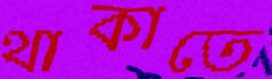
থাকাতে